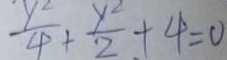
\frac { y ^ { 2 } } { 4 } + \frac { y ^ { 2 } } { 2 } + 4 = 0